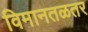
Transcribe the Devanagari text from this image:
विमानतळतर